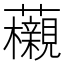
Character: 𧅜